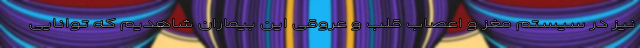
نیز در سیستم مغز و اعصاب قلب و عروقی این بیماران شاهدیم که توانایی